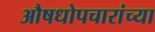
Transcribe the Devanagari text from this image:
औषधोपचारांच्या